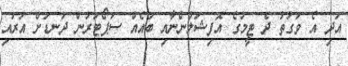
އަދި އެ ވަގުތު ދެ ޓީމުގެ އޮފިޝަލުންނާއި ބައެއް ސަޕޯޓަރުން ދަނޑަށް އަރައި